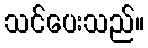
သင်ပေးသည်။